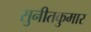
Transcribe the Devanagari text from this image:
सुनीतकुमार